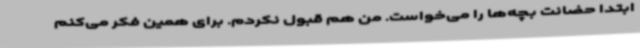
ابتدا حضانت بچه‌ها را می‌خواست. من هم قبول نکردم. برای همین فکر می‌کنم